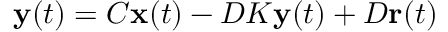
\mathbf { y } ( t ) = C \mathbf { x } ( t ) - D K \mathbf { y } ( t ) + D \mathbf { r } ( t )